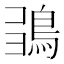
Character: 𩿮